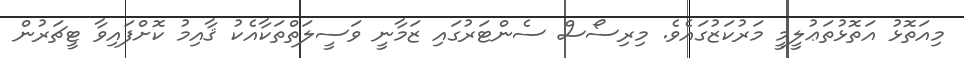
މިއަތޮޅު އަތޮޅުތަޢުލީމީ މަރުކަޒުގައެވެ. މިރިސޯސް ސެންޓަރުގައި ޒަމާނީ ވަސީލަތްތަކާއެކު ޤާއިމު ކޮށްފައިވާ ޓީޗަރުން